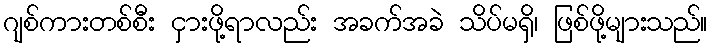
ဂျစ်ကားတစ်စီး ငှားဖို့ရာလည်း အခက်အခဲ သိပ်မရှိ၊ ဖြစ်ဖို့များသည်။